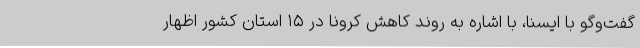
گفت‌وگو با ایسنا، با اشاره به روند کاهش کرونا در ۱۵ استان کشور اظهار